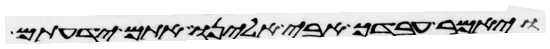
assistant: ויאמר עבדך אבי אלינו אתם ידעתם